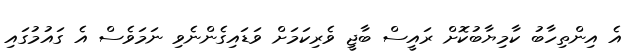
އެ އިންތިހާބު ކާމިޔާބުކޮށް ރައީސް ބާޖީ ވެރިކަމަށް ވަޑައިގެންނެވި ނަމަވެސް އެ ގައުމުގައި